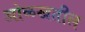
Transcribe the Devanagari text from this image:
ओळखतील